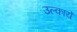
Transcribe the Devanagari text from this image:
उल्कायें